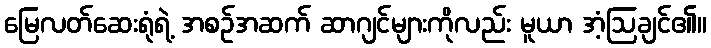
မြေလတ်ဆေးရုံရဲ့ အစဉ်အဆက် ဆာဂျင်များကိုလည်း မူယာ အံ့ဩချင်၏။